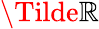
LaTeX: \Tilde{\mathbb{R}}